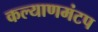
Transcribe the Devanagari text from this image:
कल्याणमंटप